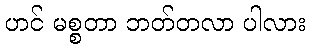
ဟင် မစ္စတာ ဘတ်တလာ ပါလား